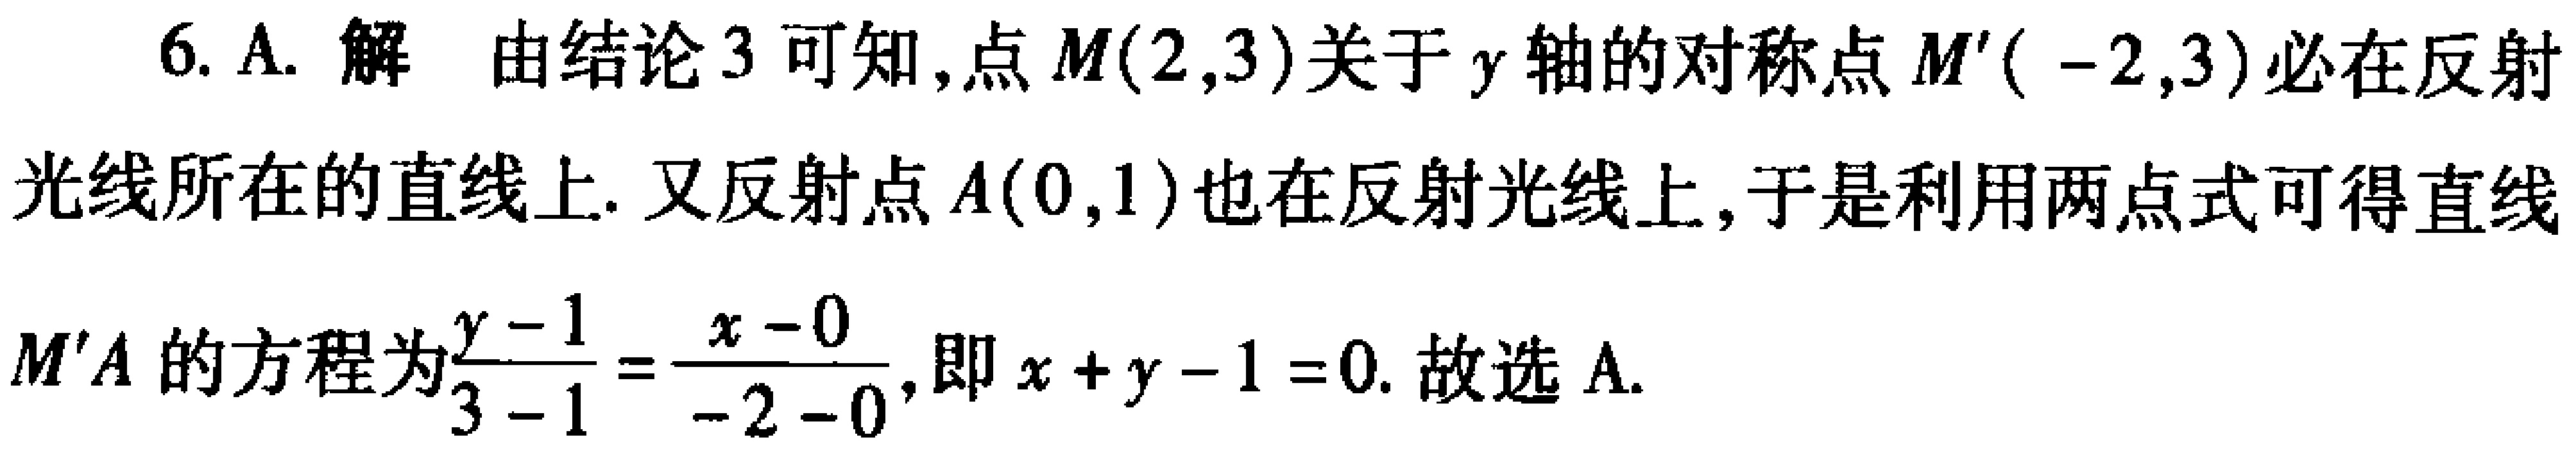
6. A. 解 由结论 3 可知,点 \(M(2,3)\)关于 \(y\) 轴的对称点 \(M'(-2,3)\)必在反射光线所在的直线上. 又反射点 \(A(0,1)\)也在反射光线上, 于是利用两点式可得直线 \(M'A\) 的方程为\(\frac{y - 1}{3 - 1}=\frac{x - 0}{-2 - 0}\), 即 \(x + y - 1 = 0\). 故选 A.